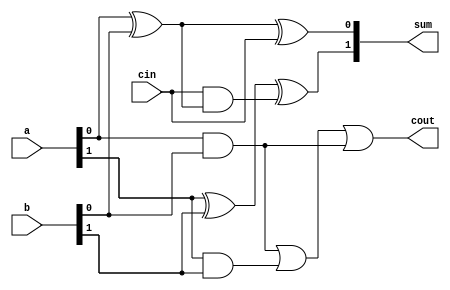
module carry_lookahead_adder (
    input wire [1:0] a,
    input wire [1:0] b,
    input wire cin,
    output wire [1:0] sum,
    output wire cout
);

wire p, g;
wire [1:0] c;

assign p = a[0] ^ b[0];
assign g = a[0] & b[0];
assign c[0] = cin & p;
assign c[1] = g | (a[1] & b[1]);

assign sum[0] = a[0] ^ b[0] ^ cin;
assign sum[1] = a[1] ^ b[1] ^ c[0];

assign cout = g | (a[1] & b[1]) | (a[0] & b[0]);

endmodule